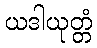
ယဒါယုတ္တံ